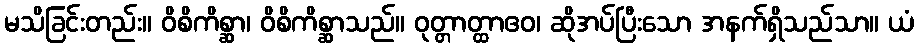
မသိခြင်းတည်း။ ဝိစိကိစ္ဆာ၊ ဝိစိကိစ္ဆာသည်။ ဝုတ္တာတ္ထာဧဝ၊ ဆိုအပ်ပြီးသော အနက်ရှိသည်သာ။ ယံ